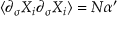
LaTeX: \langle \partial _ { \sigma } X _ { i } \partial _ { \sigma } X _ { i } \rangle = N \alpha ^ { \prime }